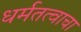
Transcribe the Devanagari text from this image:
धर्मतत्वाचा